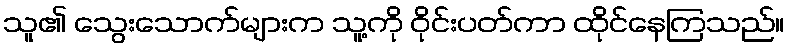
သူ၏ သွေးသောက်များက သူ့ကို ဝိုင်းပတ်ကာ ထိုင်နေကြသည်။